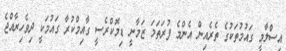
އިސްލާމީ ގައުމުތަކުގެ ތެރެއިން އެންމެ ފުރަތަމަ ޒަމާނީ ޑިމޮކްރެސީ ގާއިމްކުރާ ގައުމަކީ ދިވެހިރާއްޖެ